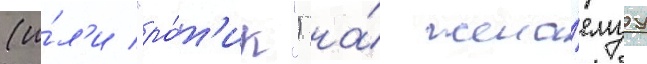
(и́л'и "ро́т'ик") на́ жела́емуу